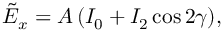
\begin{array} { r l r } { \lefteqn { } } & { { } } & { \displaystyle { \tilde { E } _ { x } = A \left( I _ { 0 } + I _ { 2 } \cos { 2 \gamma } \right) } , } \end{array}